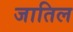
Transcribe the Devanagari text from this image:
जातिल